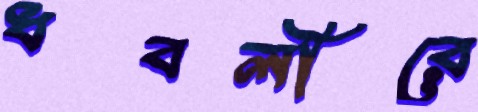
ধবলীরে